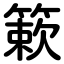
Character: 簌